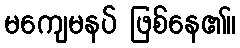
မကျေမနပ် ဖြစ်နေ၏။